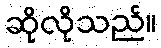
ဆိုလိုသည်။